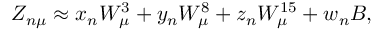
Z _ { n \mu } \approx x _ { n } W _ { \mu } ^ { 3 } + y _ { n } W _ { \mu } ^ { 8 } + z _ { n } W _ { \mu } ^ { 1 5 } + w _ { n } B ,